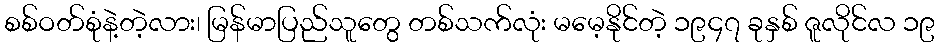
စစ်ဝတ်စုံနဲ့တဲ့လား၊ မြန်မာပြည်သူတွေ တစ်သက်လုံး မမေ့နိုင်တဲ့ ၁၉၄၇ ခုနှစ် ဇူလိုင်လ ၁၉